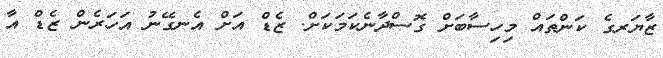
ޒާޔަރގެ ކަންތައް މިހިސާބަށް ގޮސްދާނެކަމަކަށް. ޒެޑް އަށް އެނގޭނު އަހަރެން ޒެޑް އާ